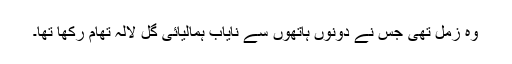
وہ زمل تھی جس نے دونوں ہاتھوں سے نایاب ہمالیائی گل لالہ تھام رکھا تھا۔